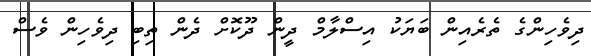
ދިވެހިންގެ ތެރެއިން ބަޔަކު އިސްލާމް ދީން ދޫކޮށް ދެން ތިބި ދިވެހިން ވެސް